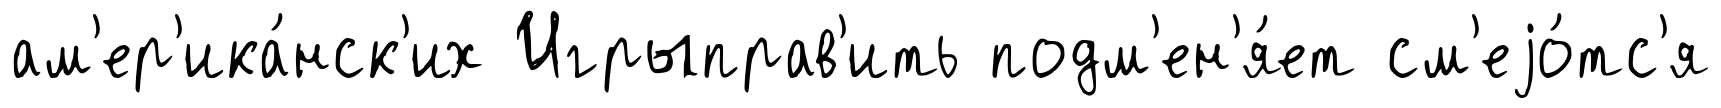
ам'ер'ика́нск'их Игрыправ'ить подм'ен'я́ет см'еjо́тс'я